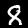
Digit: 8